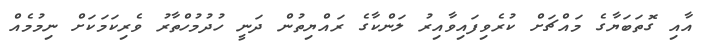
އާއި ގޮތަބަޔާގެ މައްޗަށް ކުރެވިފައިވާއިރު ލަންކާގެ ރައްޔިތުން ދަނީ ހުދުމުހްތާރު ވެރިކަމަކަށް ނިމުމެއް